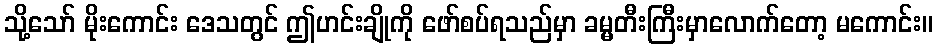
သို့သော် မိုးကောင်း ဒေသတွင် ဤဟင်းချိုကို ဖော်စပ်ရသည်မှာ ခမ္မတီးကြီးမှာလောက်တော့ မကောင်း။